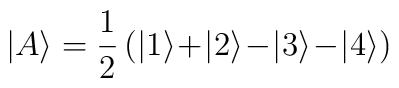
|A \rangle = \frac{1}{2}\, (|1 \rangle\! +\! |2 \rangle\! -\!    |3 \rangle\! -\! |4 \rangle )